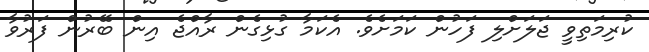
ކުރިމަތިވީ ޖަލަށްލި ފަހުން ކަމަށެވެ. އެކަމާ ގުޅިގެން ރާއްޖެ އިން ބޭރުން ފަރުވާ